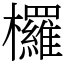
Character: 欏